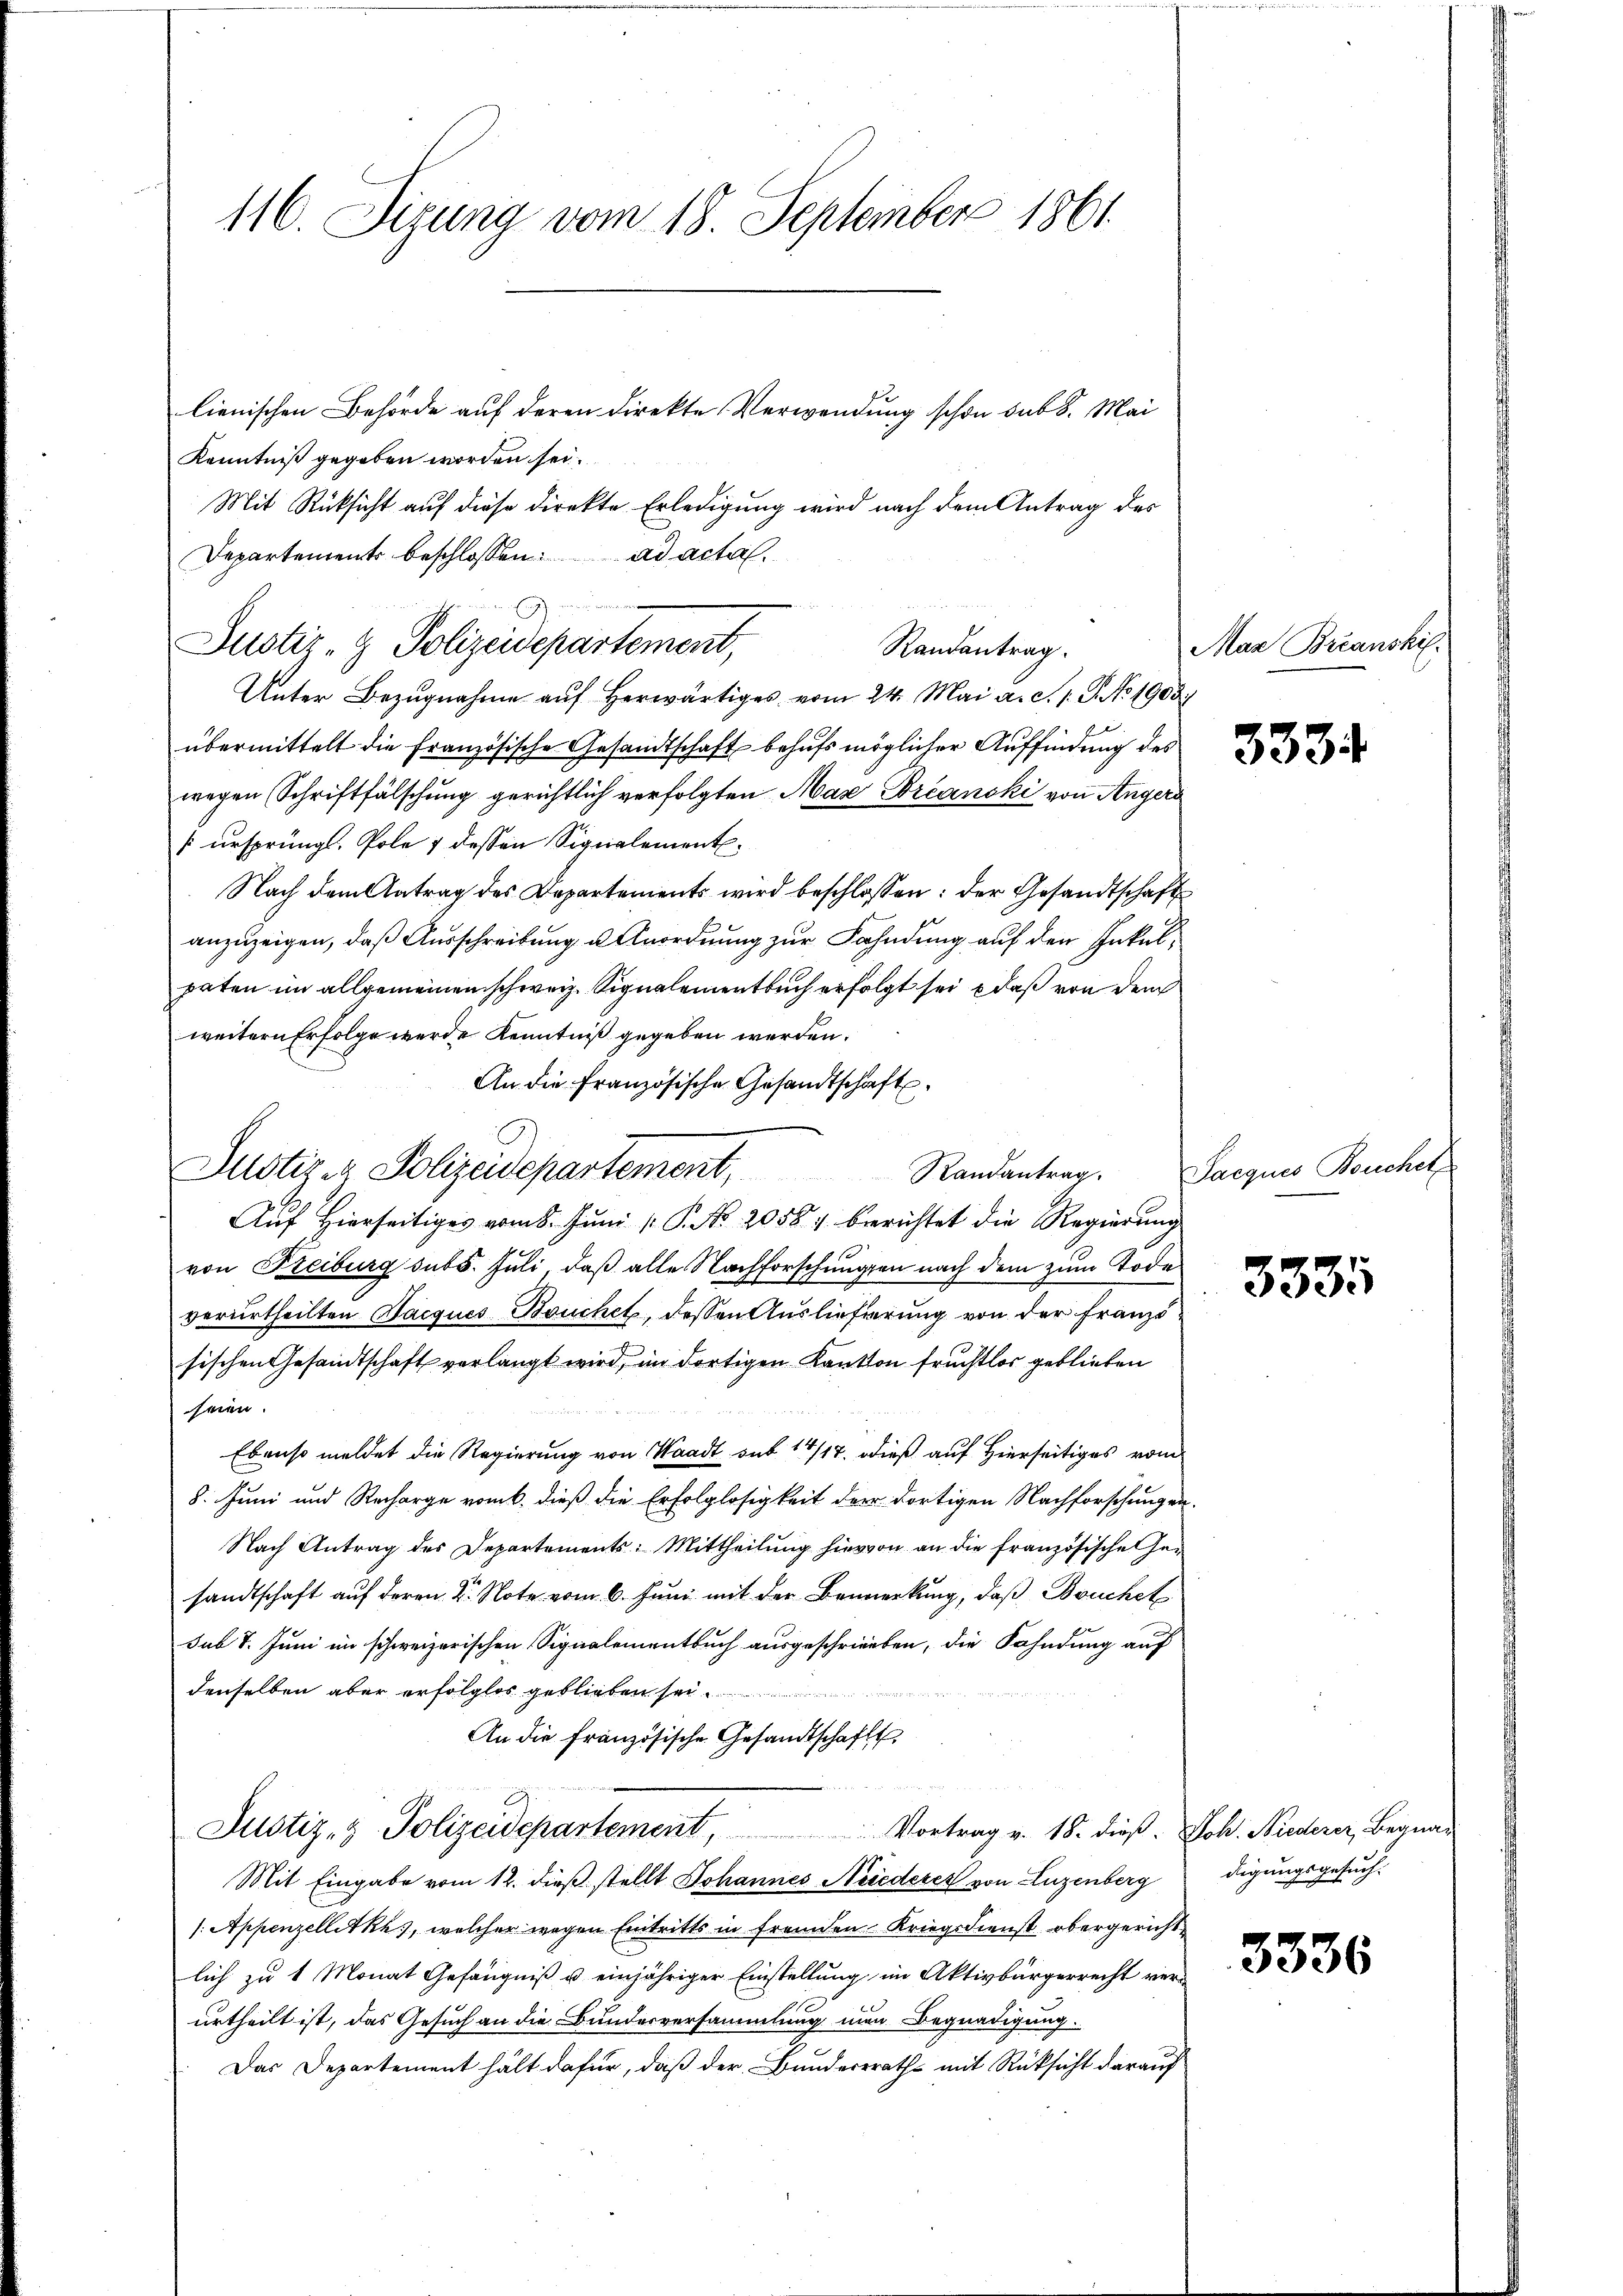
116. Sizung vom 18. September 1861.
lienischen Behörde auf deren Direkte Verwendung schon sub 8. Mai

Kenntniß gegeben worden sei.
Mit Rücksicht auf diese direkte Erledigung wird nach dem Antrag des
Departements beschlossen: ad acta.
Unter Bezŭgnahme aŭf herwärtiges vom 24. Mai a. c. s. S. No 1903.
übermittelt die Französische Gesandtschaft behufs möglicher Auffindung des
wegen Schriftfälschung gerichtlich verfolgten Max Eorcanski von Angera
(ursprüngl. Pole 1 dessen Signalement.
Nach dem Antrag des Departements wird beschlossen: der Gesandtschaft
anzuzeigen, daß Ausschreibung u Anordnung zur Fahndung auf den Inkulpaten im allgemeinen schweiz. Signalementbuch erfolgt sei, daß von dem
weitern Erfolge werde Kenntniß gegeben werden.
An die französische Gesandtschaft
Auf Hierseitiges vom 8. Juni  P. No. 2058) berichtet die Regierung
von Freiburg sub 5. Juli, daß alle Nachforschungen nach dem zum Todes
verurtheilten Hacques Bouchet, dessen Auslieferung von der Französischen Gesandtschaft verlangt wird, im dortigen Kanton fruchtlos geblieben
seien.
Ebenso meldet die Regierung von Waadt sub 14/17. dieß auf Hierseitiges vom
8. Juni und Recharge vom k. dieß die Erfolglosigkeit der dortigen Nachforschungen.
Nach Antrag des Departements: Mittheilŭng hiervon an die französische Gesandtschaft auf deren der Note vom 6. Juni mit der Bemerkung, daß Bruchet
sub 8. Juni im schweizerischen Signalementbuch ausgeschrieben, die Fahndung auf
denselben aber erfolglos geblieben sei
An die französische Gesandtschafts
Justiz- & Polizeidepartement, Vortrag v. 18. dieß. Joh. Niederer, Begnar
Mit Eingabe vom 12. dieß stellt Johannes Niederet von Luzenberg
/: Appenzellitkh, welcher wegen Eintritts in fremden Kriegsdienst obergerichte
lich zu 1 Monat Gefängniß u. einjähriger Einstellung im Aktivbürgerrecht ver-
urtheilt ist, das Gesuch an die Bundesversammlung man Begnadigung.
Das Departement hält dafür, daß der Bunderrath mit Rücksicht darauf

Justiz- & Polizeidepartement, Randantrag.

Justiz- & Polizeidepartement, Randantrag.

Mar Breanski

3334

Sacques Bouchetz

3335

digungsgesuch.

3336